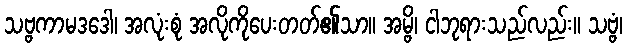
သဗ္ဗကာမဒဒေါ၊ အလုံးစုံ အလိုကိုပေးတတ်၏သာ။ အမ္ဗိ၊ ငါဘုရားသည်လည်း။ သဗ္ဗံ၊